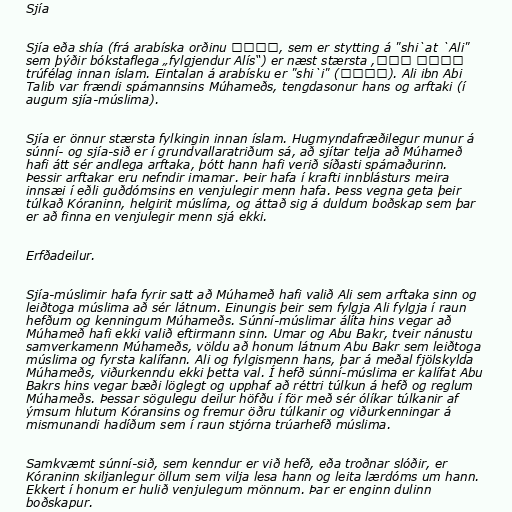
Sjía

Sjía eða shía (frá arabíska orðinu شيعة, sem er stytting á "shi`at `Ali"
شيعة علي, sem þýðir bókstaflega „fylgjendur Alís“) er næst stærsta
trúfélag innan íslam. Eintalan á arabísku er "shi`i" (شيعي). Ali ibn Abi
Talib var frændi spámannsins Múhameðs, tengdasonur hans og arftaki (í
augum sjía-múslima).

Sjía er önnur stærsta fylkingin innan íslam. Hugmyndafræðilegur munur á
súnní- og sjía-sið er í grundvallaratriðum sá, að sjítar telja að Múhameð
hafi átt sér andlega arftaka, þótt hann hafi verið síðasti spámaðurinn.
Þessir arftakar eru nefndir imamar. Þeir hafa í krafti innblásturs meira
innsæi í eðli guðdómsins en venjulegir menn hafa. Þess vegna geta þeir
túlkað Kóraninn, helgirit múslíma, og áttað sig á duldum boðskap sem þar
er að finna en venjulegir menn sjá ekki.

Erfðadeilur.

Sjía-múslimir hafa fyrir satt að Múhameð hafi valið Ali sem arftaka sinn og
leiðtoga múslima að sér látnum. Einungis þeir sem fylgja Ali fylgja í raun
hefðum og kenningum Múhameðs. Súnní-múslimar álíta hins vegar að
Múhameð hafi ekki valið eftirmann sinn. Umar og Abu Bakr, tveir nánustu
samverkamenn Múhameðs, völdu að honum látnum Abu Bakr sem leiðtoga
múslima og fyrsta kalífann. Ali og fylgismenn hans, þar á meðal fjölskylda
Múhameðs, viðurkenndu ekki þetta val. Í hefð súnní-múslima er kalífat Abu
Bakrs hins vegar bæði löglegt og upphaf að réttri túlkun á hefð og reglum
Múhameðs. Þessar sögulegu deilur höfðu í för með sér ólíkar túlkanir af
ýmsum hlutum Kóransins og fremur öðru túlkanir og viðurkenningar á
mismunandi hadíðum sem í raun stjórna trúarhefð múslima.

Samkvæmt súnní-sið, sem kenndur er við hefð, eða troðnar slóðir, er
Kóraninn skiljanlegur öllum sem vilja lesa hann og leita lærdóms um hann.
Ekkert í honum er hulið venjulegum mönnum. Þar er enginn dulinn
boðskapur.